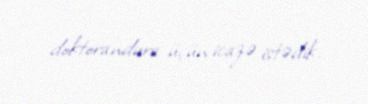
doktorandura üçün icazə istədik.